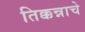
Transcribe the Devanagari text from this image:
तिक्कन्नाचे